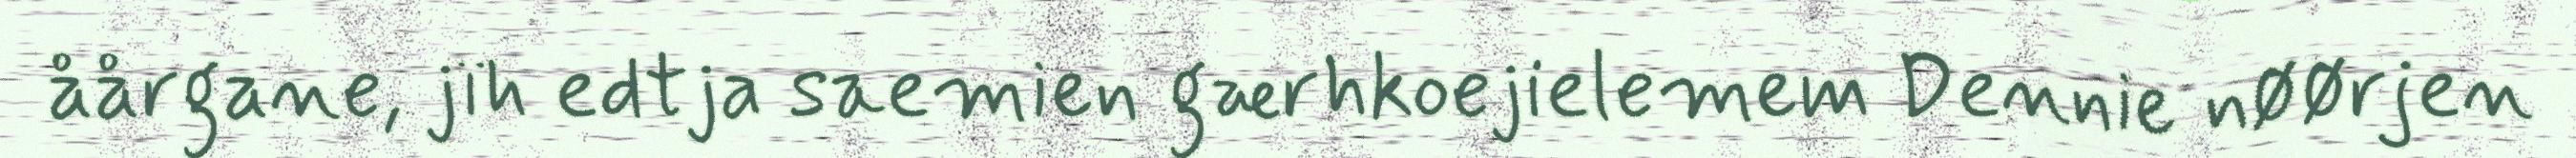
åårgane, jïh edtja saemien gærhkoejielemem Dennie nøørjen